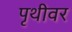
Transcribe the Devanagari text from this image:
पृथीवर